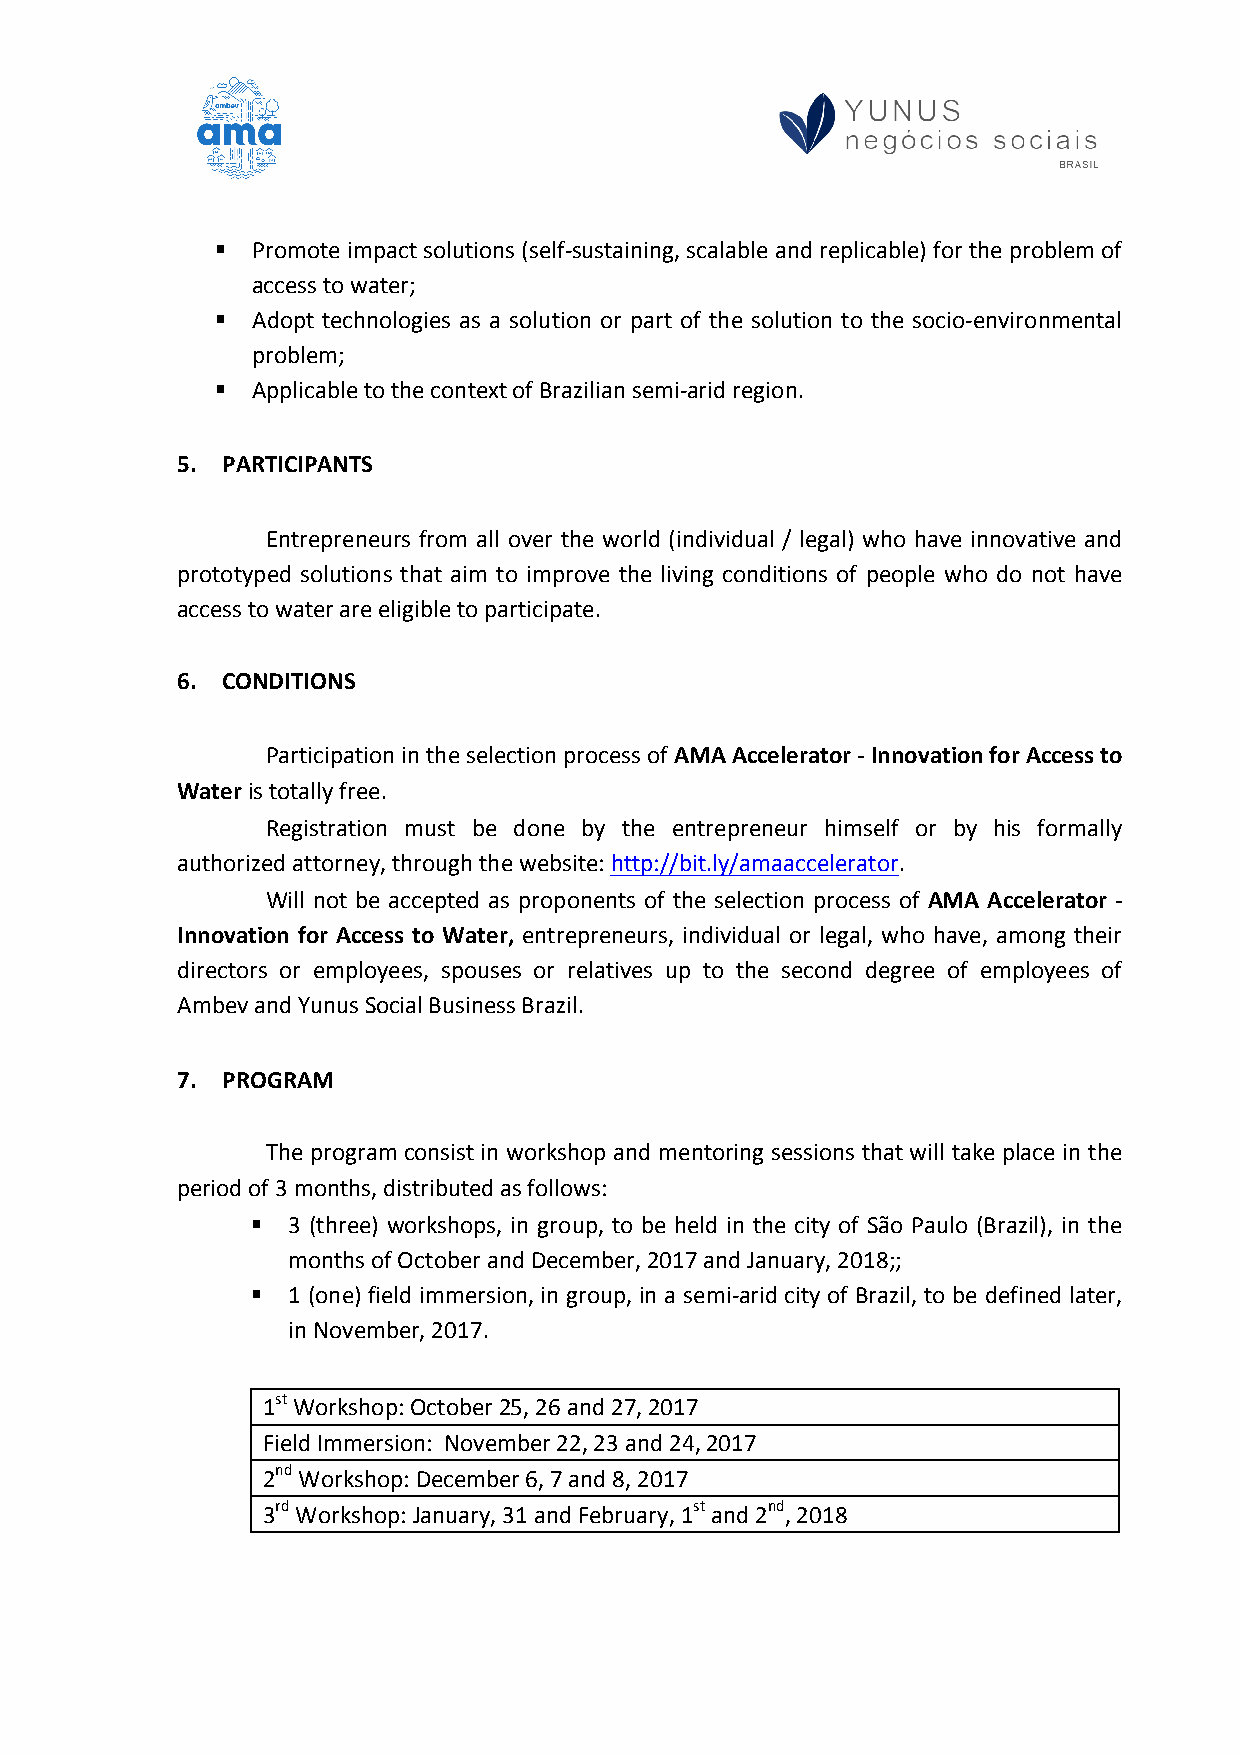
§  Promote impact solutions (self-sustaining, scalable and replicable) for the problem of
 access to water;
 §  Adopt technologies as a solution or part of the solution to the socio-environmental
 problem;
 §  Applicable to the context of Brazilian semi-arid region.
 5. PARTICIPANTS
 Entrepreneurs from all over the world (individual / legal) who have innovative and
 prototyped solutions that aim to improve the living conditions of people who do not have
 access to water are eligible to participate.
 6. CONDITIONS
 Participation in the selection process of AMA Accelerator - Innovation for Access to
 Water is totally free.
 Registration must be done by the entrepreneur himself or by his formally
 authorized attorney, through the website: http://bit.ly/amaaccelerator.
 Will not be accepted as proponents of the selection process of AMA Accelerator -
 Innovation for Access to Water, entrepreneurs, individual or legal, who have, among their
 directors or employees, spouses or relatives up to the second degree of employees of
 Ambev and Yunus Social Business Brazil.
 7. PROGRAM
 The program consist in workshop and mentoring sessions that will take place in the
 period of 3 months, distributed as follows:
 § 3 (three) workshops, in group, to be held in the city of São Paulo (Brazil), in the
 months of October and December, 2017 and January, 2018;;
 § 1 (one) field immersion, in group, in a semi-arid city of Brazil, to be defined later,
 in November, 2017.
 1st Workshop: October 25, 26 and 27, 2017
 Field Immersion: November 22, 23 and 24, 2017
 2nd Workshop: December 6, 7 and 8, 2017
 3rd Workshop: January, 31 and February, 1st and 2nd, 2018